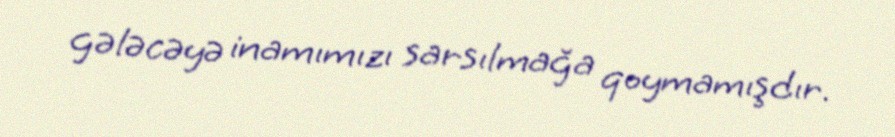
gələcəyə inamımızı sarsılmağa qoymamışdır.